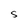
Character: S